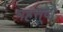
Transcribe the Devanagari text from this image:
महसूदों